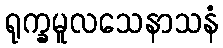
ရုက္ခမူလသေနာသနံ